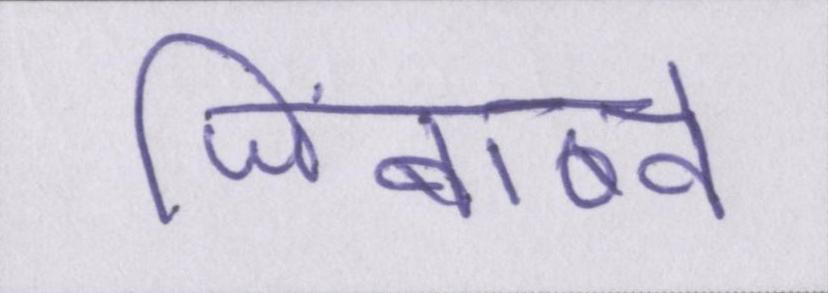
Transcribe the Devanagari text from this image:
जिंबाब्वे